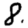
Digit: 8